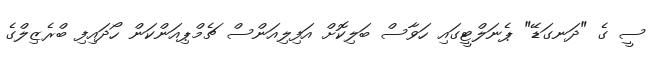
ސީ ގެ "ދަނގަޑޭ" ޕެނަލްޓީގައި ހަވާސް ބަލިކޮށް އަފިލިއަންސް ޗެމްޕިއަންކަން ހޯދައިފި ބްރެޒިލްގެ